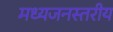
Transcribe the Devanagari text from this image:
मध्यजनस्तरीय